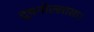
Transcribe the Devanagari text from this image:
दूषनोल्लासा।